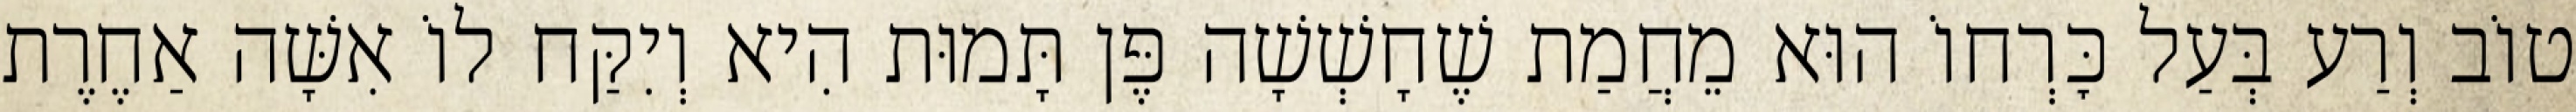
טוֹב וְרַע בְּעַל כׇּרְחוֹ הוּא מֵחֲמַת שֶׁחָשְׁשָׁה פֶּן תָּמוּת הִיא וְיִקַּח לוֹ אִשָּׁה אַחֶרֶת